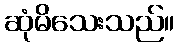
ဆုံမိသေးသည်။